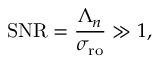
\mathrm { S N R } = \frac { \Lambda _ { n } } { \sigma _ { \mathrm { r o } } } \gg 1 ,